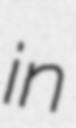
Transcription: in